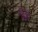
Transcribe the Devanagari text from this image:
ढॅूढो